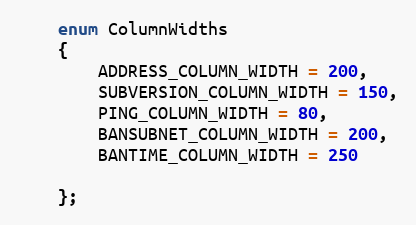
Language: C
    enum ColumnWidths
    {
        ADDRESS_COLUMN_WIDTH = 200,
        SUBVERSION_COLUMN_WIDTH = 150,
        PING_COLUMN_WIDTH = 80,
        BANSUBNET_COLUMN_WIDTH = 200,
        BANTIME_COLUMN_WIDTH = 250

    };